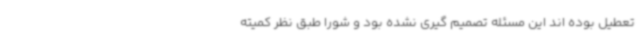
تعطیل بوده اند این مسئله تصمیم گیری نشده بود و شورا طبق نظر کمیته